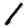
Digit: 1